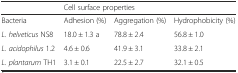
|  | <COLSPAN=3> Cell surface properties |
 | --- | --- | --- | --- |
 | Bacteria | Adhesion (%) | Aggregation (%) | Hydrophobicity (%) |
 | L. helveticus NS8 | 18.0 ± 1.3 a | 78.8 ± 2.4 | 56.8 ± 1.0 |
 | L. acidophilus 1.2 | 4.6 ± 0.6 | 41.9 ± 3.1 | 33.8 ± 2.1 |
 | L. plantarum TH1 | 3.1 ± 0.1 | 22.5 ± 2.7 | 32.1 ± 0.5 |